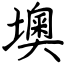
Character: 墺